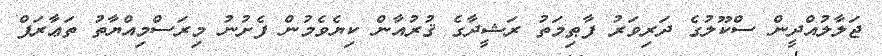
ޖަލާލުއްދީން ސްކޫލުގެ ދަރިވަރު ފާޠިމަތު ރަޝީދާގެ ޤުރުއާން ކިޔެވެމުން ފެށުނު މިރަސްމިއްޔާތު ތަޢާރަފް